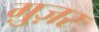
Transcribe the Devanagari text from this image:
ग़ुज़र